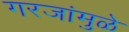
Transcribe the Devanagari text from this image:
गरजांमुळे